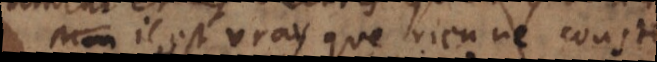
Il est vray que rien ne couste